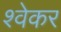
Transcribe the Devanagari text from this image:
श्वेकर